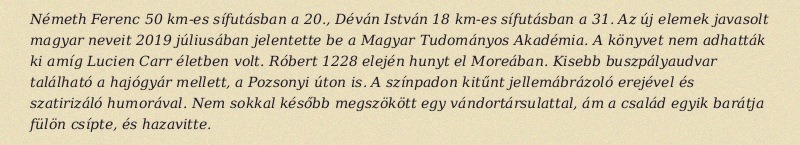
Németh Ferenc 50 km-es sífutásban a 20., Déván István 18 km-es sífutásban a 31. Az új elemek javasolt magyar neveit 2019 júliusában jelentette be a Magyar Tudományos Akadémia. A könyvet nem adhatták ki amíg Lucien Carr életben volt. Róbert 1228 elején hunyt el Moreában. Kisebb buszpályaudvar található a hajógyár mellett, a Pozsonyi úton is. A színpadon kitűnt jellemábrázoló erejével és szatirizáló humorával. Nem sokkal később megszökött egy vándortársulattal, ám a család egyik barátja fülön csípte, és hazavitte.